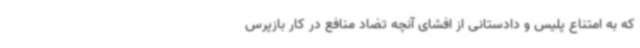
که به امتناع پلیس و دادستانی از افشای آنچه تضاد منافع در کار بازپرس